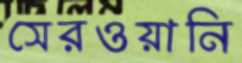
সেরওয়ানি